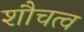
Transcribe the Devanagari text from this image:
शौचत्व